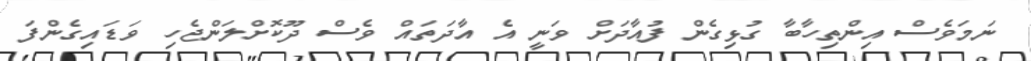
ނަމަވެސް އިންތިހާބާ ގުޅިގެން ފުއާދަށް ވަނީ އެ އާދަތައް ވެސް ދޫކޮށްލަންޖެހި ވަޑައިގެންފަ